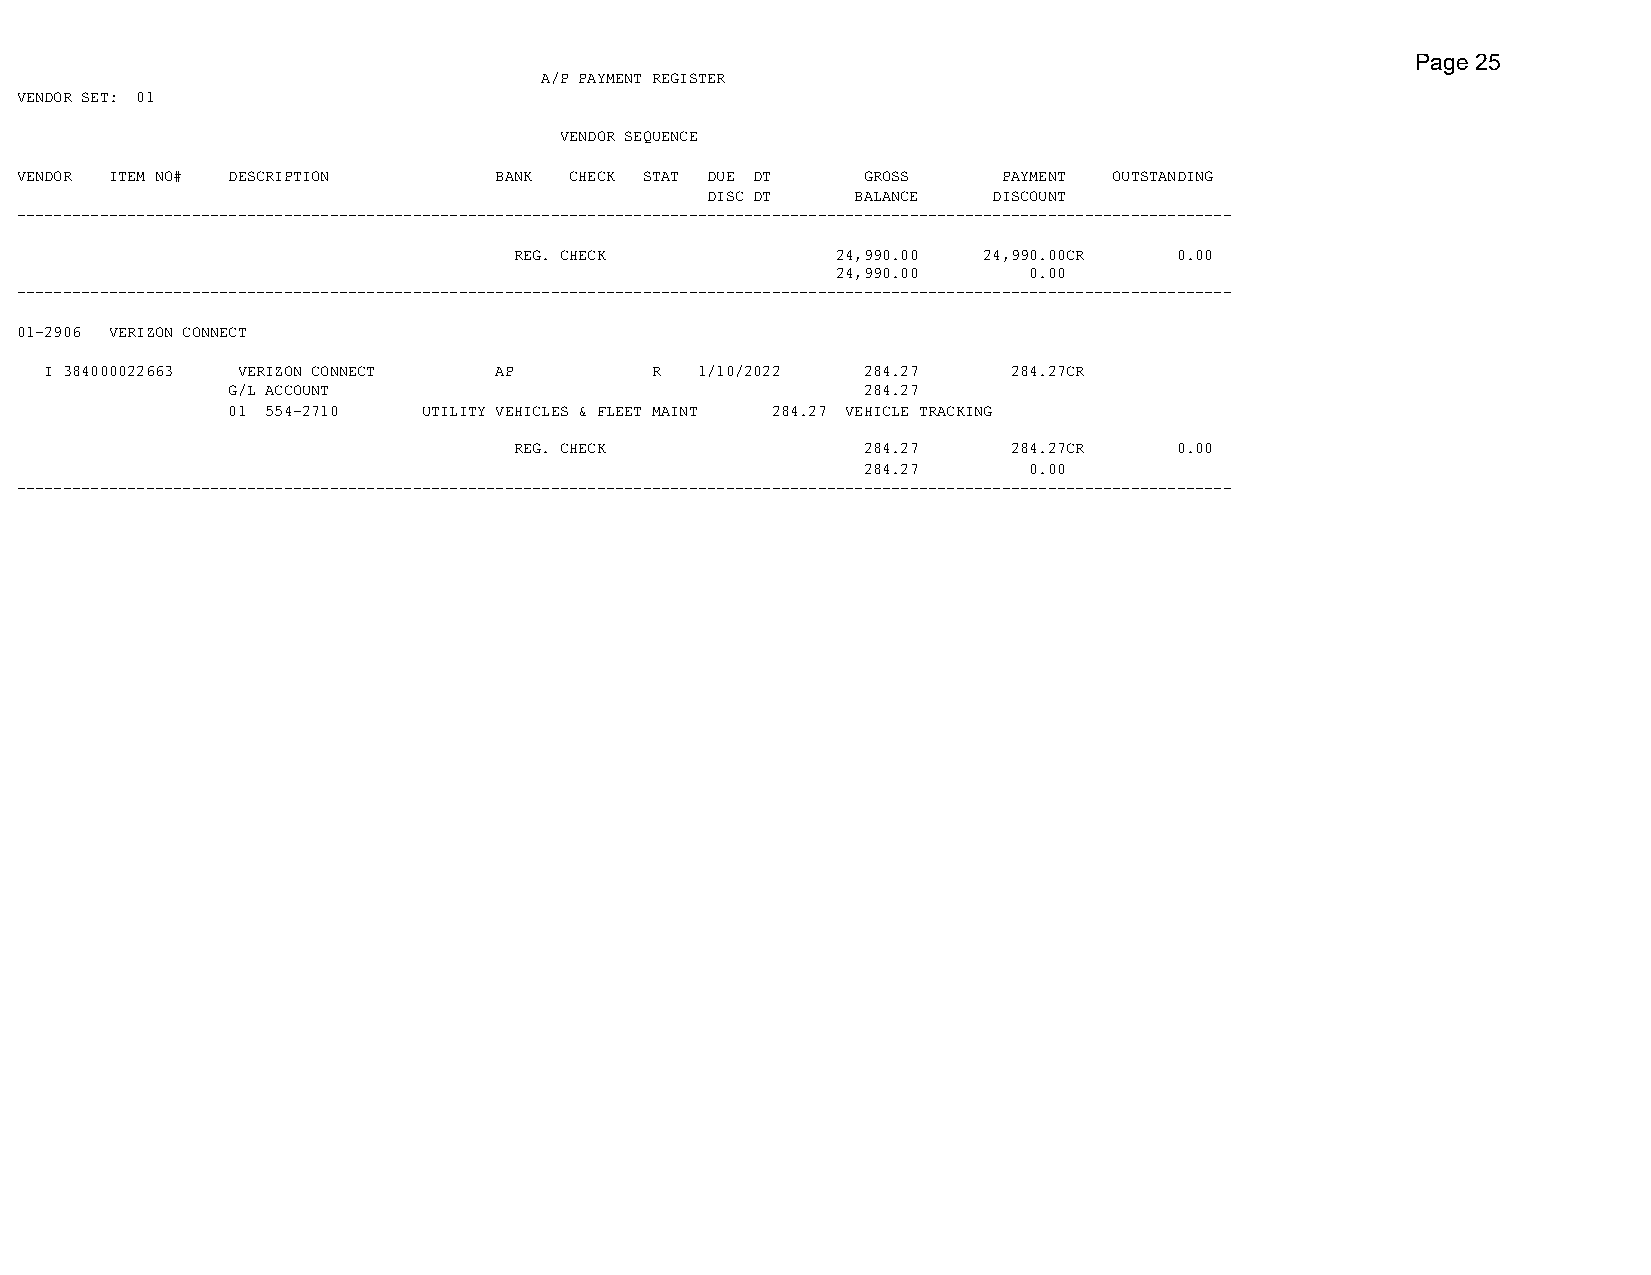
Page 25
 A/P PAYMENT REGISTER
 VENDOR SET: 01
 VENDOR SEQUENCE
 VENDOR ITEM NO# DESCRIPTION     BANK CHECK STAT DUE DT  GROSS    PAYMENT OUTSTANDING
 DISC DT   BALANCE  DISCOUNT
 ------------------------------------------------------------------------------------------------------------------------------------
 REG. CHECK           24,990.00 24,990.00CR  0.00
 24,990.00    0.00
 ------------------------------------------------------------------------------------------------------------------------------------
 01-2906 VERIZON CONNECT
 I 384000022663 VERIZON CONNECT AP       R  1/10/2022  284.27    284.27CR
 G/L ACCOUNT                               284.27
 01 554-2710  UTILITY VEHICLES & FLEET MAINT 284.27 VEHICLE TRACKING
 REG. CHECK             284.27    284.27CR   0.00
 284.27     0.00
 ------------------------------------------------------------------------------------------------------------------------------------